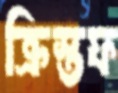
ক্রিস্তফ